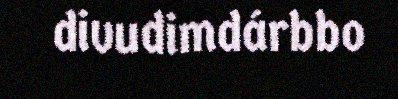
divudimdárbbo